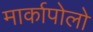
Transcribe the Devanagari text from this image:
मार्कापोलो